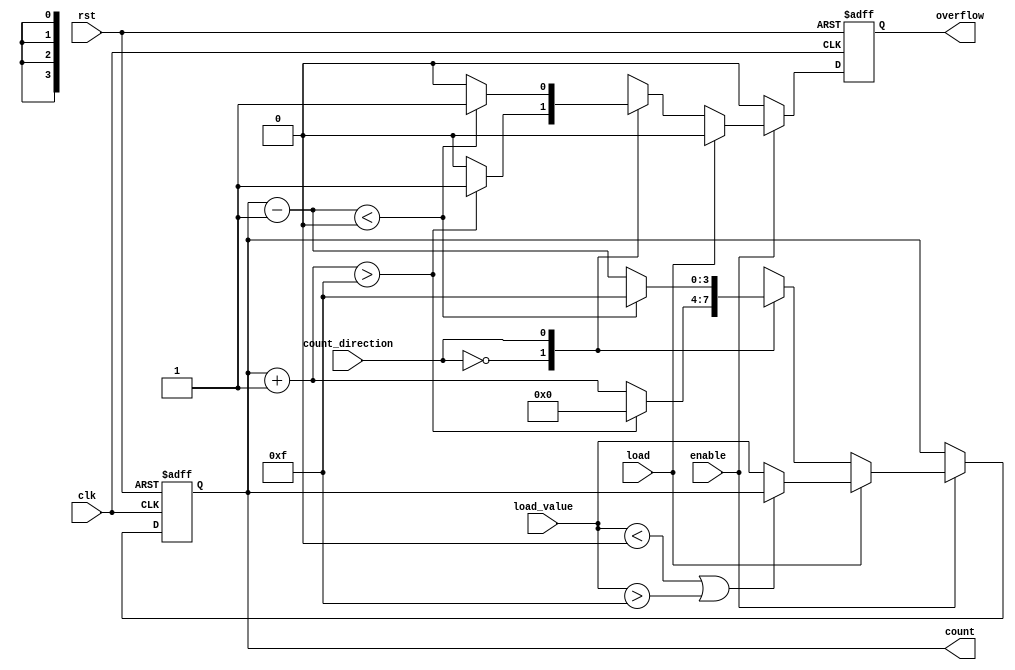
module parameterized_counter #(
    parameter WIDTH = 4,              // Bit width of the counter
    parameter MIN_VALUE = 0,          // Minimum count value
    parameter MAX_VALUE = 15           // Maximum count value
)(
    input wire clk,                   // Clock signal
    input wire rst,                   // Active-high reset
    input wire enable,                // Enable counting
    input wire count_direction,       // Count direction for up/down mode
    input wire load,                  // Load new value
    input wire [WIDTH-1:0] load_value,// Value to load into the counter
    output reg [WIDTH-1:0] count,     // Current count value
    output reg overflow                // Overflow signal
);

    // Internal signals
    reg [WIDTH-1:0] next_count;

    // Always block for synchronous operations
    always @(posedge clk or posedge rst) begin
        if (rst) begin
            count <= MIN_VALUE;        // Reset to minimum value
            overflow <= 1'b0;          // Clear overflow
        end else if (!enable) begin
            // Retain current value if not enabled
            count <= count;
            overflow <= 1'b0;          // Clear overflow
        end else if (load) begin
            // Load new value and check bounds
            if (load_value < MIN_VALUE || load_value > MAX_VALUE) begin
                count <= count;        // Retain current value if out of bounds
            end else begin
                count <= load_value;   // Load new value
            end
            overflow <= 1'b0;          // Clear overflow
        end else begin
            // Counting logic based on mode
            case (count_direction)
                1'b0: begin // Count Up
                    next_count = count + 1;
                    if (next_count > MAX_VALUE) begin
                        count <= MIN_VALUE; // Wrap around
                        overflow <= 1'b1;    // Set overflow
                    end else begin
                        count <= next_count; // Increment normally
                        overflow <= 1'b0;     // Clear overflow
                    end
                end
                1'b1: begin // Count Down
                    next_count = count - 1;
                    if (next_count < MIN_VALUE) begin
                        count <= MAX_VALUE; // Wrap around
                        overflow <= 1'b1;    // Set overflow
                    end else begin
                        count <= next_count; // Decrement normally
                        overflow <= 1'b0;     // Clear overflow
                    end
                end
                default: begin
                    count <= count; // Retain current value for invalid direction
                    overflow <= 1'b0; // Clear overflow
                end
            endcase
        end
    end

endmodule